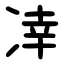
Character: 㓑